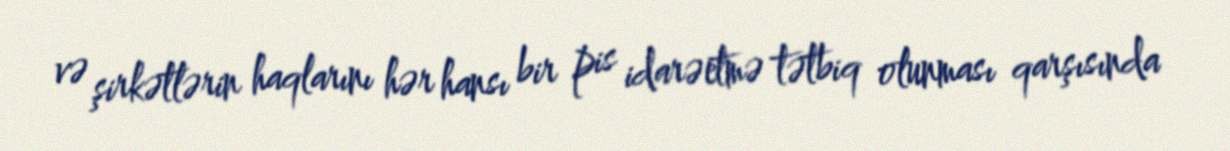
və şirkətlərin haqlarını hər hansı bir pis idarəetmə tətbiq olunması qarşısında